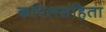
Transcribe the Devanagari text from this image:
कपिलसंहिता